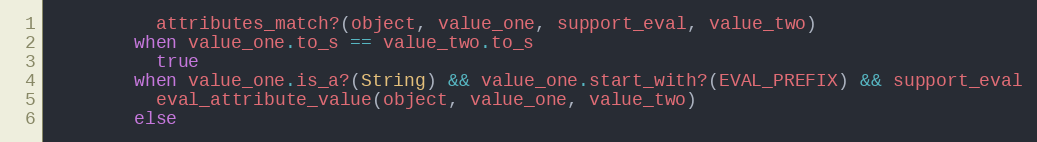
Language: Ruby
          attributes_match?(object, value_one, support_eval, value_two)
        when value_one.to_s == value_two.to_s
          true
        when value_one.is_a?(String) && value_one.start_with?(EVAL_PREFIX) && support_eval
          eval_attribute_value(object, value_one, value_two)
        else